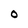
Character: 0